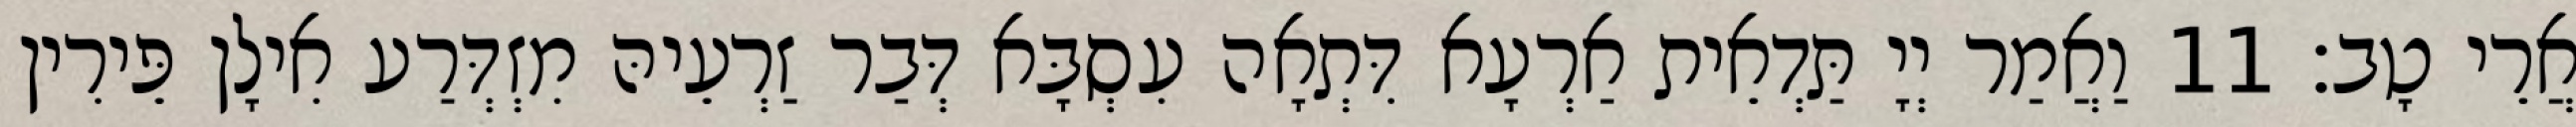
אֲרֵי טָב׃ 11 וַאֲמַר יְיָ תַּדְאֵית אַרְעָא דִּתְאָה עִסְבָּא דְּבַר זַרְעֵיהּ מִזְדְּרַע אִילָן פֵּירִין